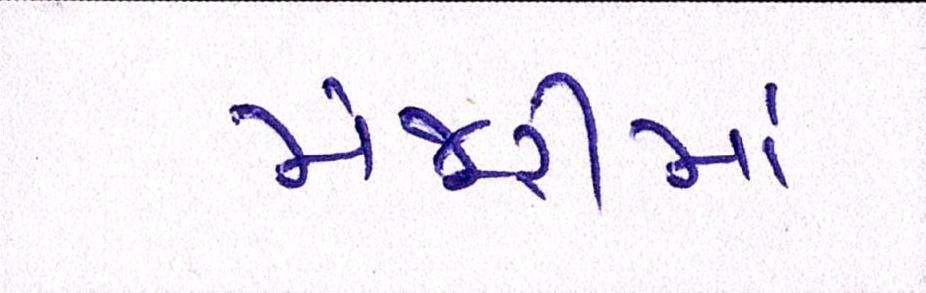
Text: મંજૂરીમાં